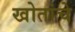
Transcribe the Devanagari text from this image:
खोतांचे